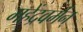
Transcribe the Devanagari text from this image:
महेंद्रवर्मन्‌